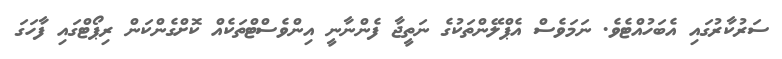
ސަރުކާރުގައި އެބަހުއްޓެވެ. ނަމަވެސް އެޕްލޭންތަކުގެ ނަތީޖާ ފެންނާނީ އިންވެސްޓްތަކެއް ކޮށްގެންކަން ރިޕޯޓްގައި ފާހަގަ